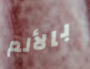
بالألم